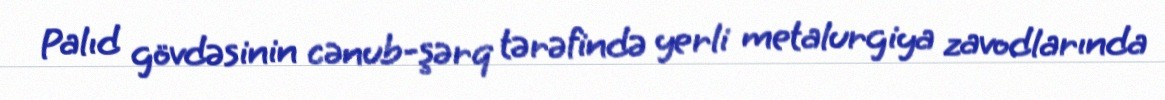
Palıd gövdəsinin cənub-şərq tərəfində yerli metalurgiya zavodlarında